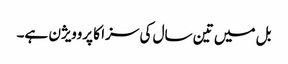
بل میں تین سال کی سزا کا پروویژن ہے۔